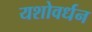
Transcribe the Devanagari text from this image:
यशोवर्धन